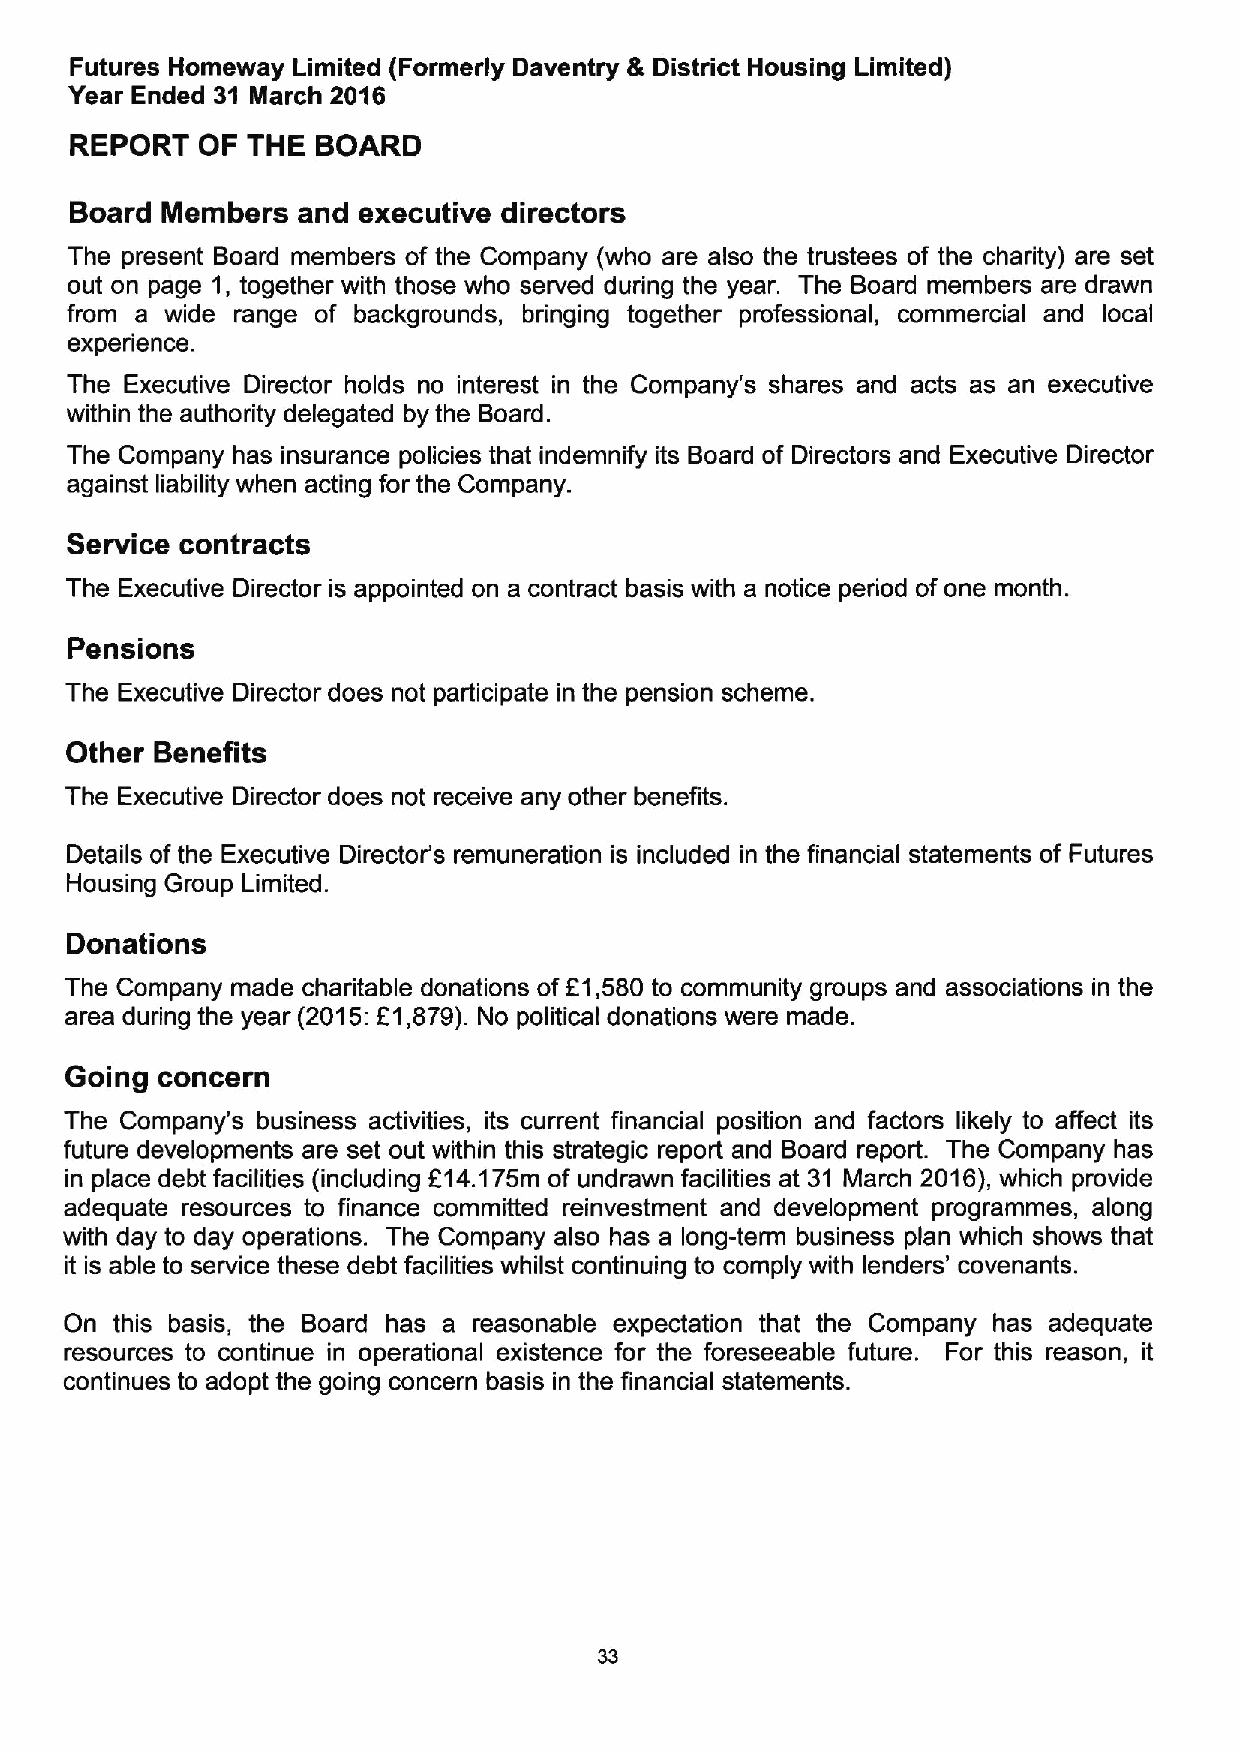
Futures Homeway Limited (Formerly Daventry 8 District Housing Limited)
 Year Ended 31 March 2016
 REPORT  OF THE  BOARD
 Board Members  and executive directors
 The present Board members of the Company (who are also the trustees of the charity) are set
 out on page 1, together with those who served during the year. The Board members are drawn
 from a wide range of backgrounds, bringing together professional, commercial and local
 experience.
 The Executive Director holds no interest in the Company's shares and acts as an executive
 within the authority delegated by the Board.
 The Company has insurance policies that indemnify its Board of Directors and Executive Director
 against liability when acting for the Company.
 Service contracts
 The Executive Director is appointed on a contract basis with a notice period of one month.
 Pensions
 The Executive Director does not participate in the pension scheme.
 Other Benefits
 The Executive Director does not receive any other benefits.
 Details of the Executive Director's remuneration is included in the financial statements of Futures
 Housing Group Limited.
 Donations
 The Company made charitable donations of E1,580 to community groups and associations in the
 area during the year (2015:E1,879).No political donations were made.
 Going concern
 The Company's business activities, its current financial position and factors likely to affect its
 future developments are set out within this strategic report and Board report. The Company has
 in place debt facilities (including 614.175m of undrawn facilities at 31 March 2016),which provide
 adequate resources to finance committed reinvestment and development programmes, along
 with day to day operations. The Company also has a long-term business plan which shows that
 it is able to service these debt facilities whilst continuing to comply with lenders' covenants.
 On this basis, the Board has a reasonable expectation that the Company has adequate
 resources to continue in operational existence for the foreseeable future. For this reason, it
 continues to adopt the going concern basis in the financial statements.
 33